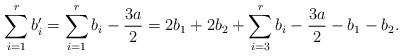
LaTeX: \begin{align*}\sum_{i=1}^r b_i' = \sum_{i=1}^r b_i - \frac{3a}{2} = 2b_1 + 2b_2 + \sum_{i=3}^r b_i - \frac{3a}{2} - b_1 -b_2.\end{align*}